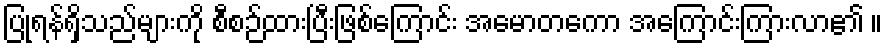
ပြုရန်ရှိသည်များကို စီစဉ်ထားပြီးဖြစ်ကြောင်း အမောတကော အကြောင်းကြားလာ၏ ။